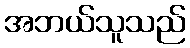
အဘယ်သူသည်